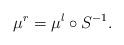
LaTeX: \begin{align*}\mu^r = \mu^l \circ S^{-1}.\end{align*}